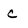
Character: c